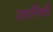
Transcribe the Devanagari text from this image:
दशनिधी